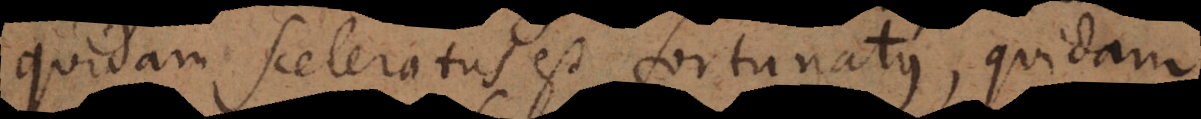
quidam sceleratus est fortunatus, quidam